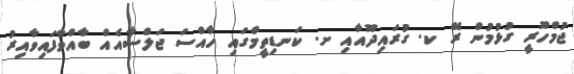
ޖުމްހޫރީ ގުޅުމުން ރޭ ކ. ގުރައިދޫއާއި ށ. ކަނޑިތީމްގައި ހާއްސަ ޖަލްސާއެއް ބާއްވާފައިވާއިރު